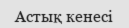
Астық кенесі